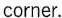
corner.